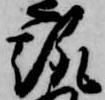
趣